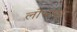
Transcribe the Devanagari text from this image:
लोभाळू